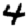
Digit: 4